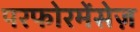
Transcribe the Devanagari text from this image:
परफोरमेंसेज़